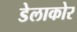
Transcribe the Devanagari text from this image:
डेलाकोर